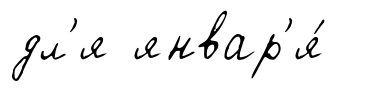
дл'я январ'я́